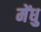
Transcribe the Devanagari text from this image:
मेंधु